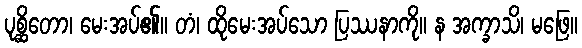
ပုစ္ဆိတော၊ မေးအပ်၏။ တံ၊ ထိုမေးအပ်သော ပြဿနာကို။ န အက္ခာသိ၊ မဖြေ။